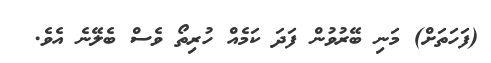
(ފަހަތަށް) މަނި ބޭރުވުން ފަދަ ކަމެއް ހުރިތޯ ވެސް ބެލޭނެ އެވެ.